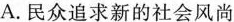
A.民众追求新的社会风尚